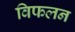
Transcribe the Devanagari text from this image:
विफलन